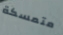
متمسكة